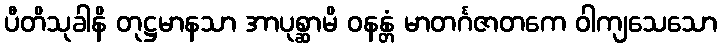
ပီတိသုခါနိ တုဋ္ဌမာနသာ အာပုစ္ဆာမိ ဝနန္တံ မာတင်္ဂဇာတကေ ဝါကျသေသော